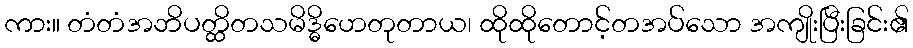
ကား။ တံတံအဘိပတ္ထိတသမိဒ္ဓိဟေတုတာယ၊ ထိုထိုတောင့်တအပ်သော အကျိုးပြီးခြင်း၏